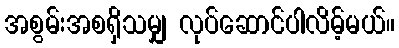
အစွမ်းအစရှိသမျှ လုပ်ဆောင်ပါလိမ့်မယ်။